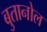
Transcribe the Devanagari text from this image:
बुतानोल